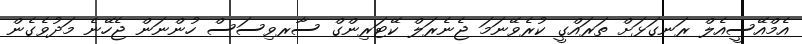
އެމްއޭސީއެލް ރަނގަޅަށް ތަރައްގީ ކުރެވޭނަމަ ޖެނެރަލް ކޭޓަރިންގް ސާރވިސަސް ހުންނަން ޖެހޭނެ މަދުވެގެން